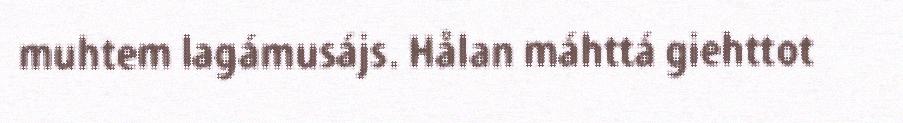
muhtem lagámusájs. Hålan máhttá giehttot